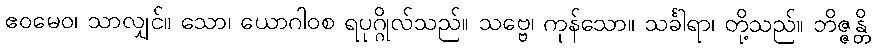
ဧဝမေဝ၊ သာလျှင်။ သော၊ ယောဂါဝစ ရပုဂ္ဂိုလ်သည်။ သဗ္ဗေ၊ ကုန်သော။ သင်္ခါရာ၊ တို့သည်။ ဘိဇ္ဇန္တိ